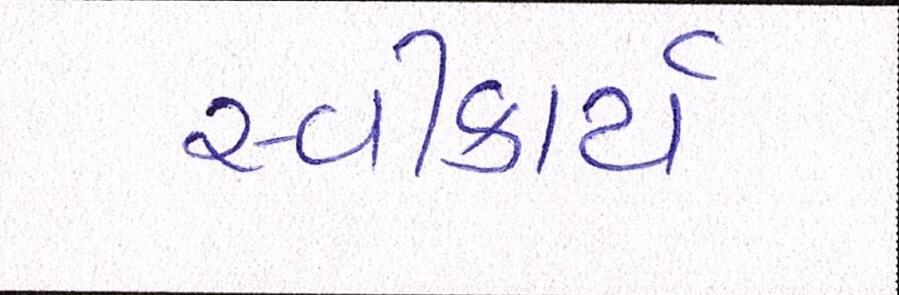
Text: સ્વીકાર્ય